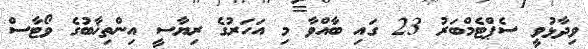
ވިދާޅުވީ ސެޕްޓެމްބަރު 23 ގައި ބާއްވާ މި އަހަރުގެ ރިޔާސީ އިންތިޚާބުގެ ވޯޓާސް